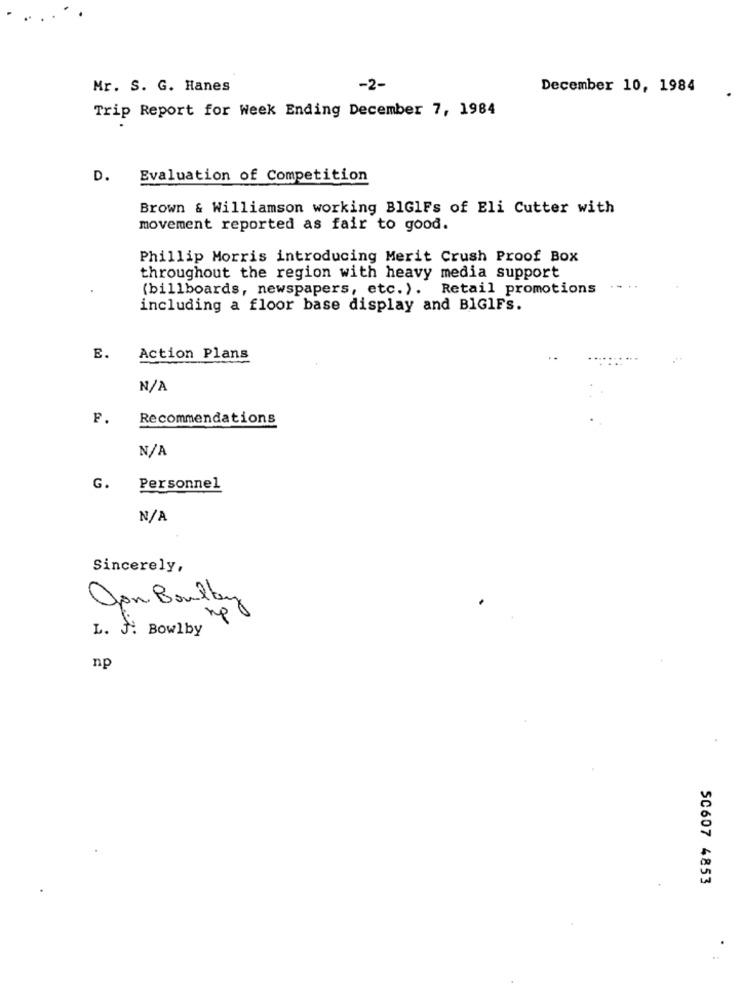
Mr. S. G. Hanes
-2-
December 10, 1984
Trip Report for Week Ending December 7, 1984
D.
Evaluation of Competition
Brown & Williamson working BIGlFs of Eli Cutter with
movement reported as fair to good.
Phillip Morris introducing Merit Crush Proof Box
throughout the region with heavy media support
(billboards, newspapers, etc. ). Retail promotions
including a floor base display and BIGIFs.
E.
Action Plans
F.
Recommendations
G.
Personnel
Sincerely,
Jon Boulbey
L. J. Bowlby
np
50607 4853